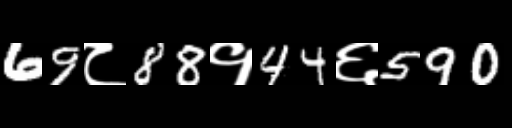
Text: 69८88१44६590